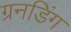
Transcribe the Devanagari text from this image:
ग्रनडिंग